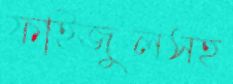
ফাইজুলসহ